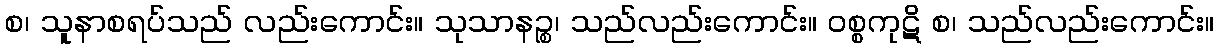
စ၊ သူနာစရပ်သည် လည်းကောင်း။ သုသာနဉ္စ၊ သည်လည်းကောင်း။ ဝစ္စကုဋိ စ၊ သည်လည်းကောင်း။